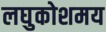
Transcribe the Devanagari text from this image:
लघुकोशमय